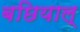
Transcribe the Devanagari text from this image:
बछियाल्